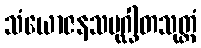
သံယောဇနသမုဂ္ဃါတသုတ္တံ